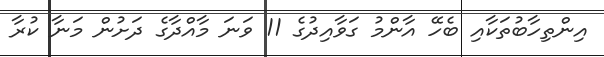
އިންތިހާބުތަކާއި ބެހޭ އާންމު ގަވާއިދުގެ 11 ވަނަ މާއްދާގެ ދަށުން މަނާ ކުރާ